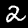
Label: 2